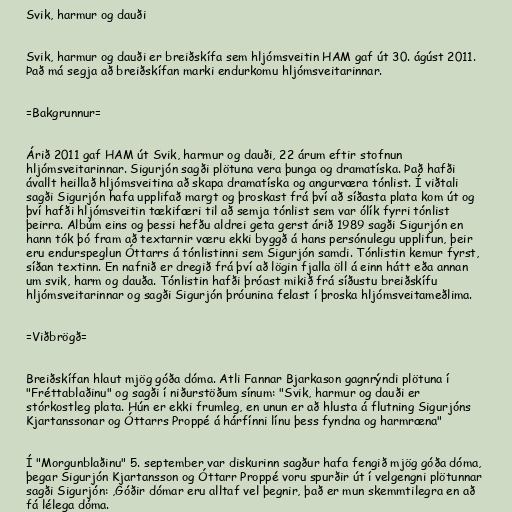
Svik, harmur og dauði

Svik, harmur og dauði er breiðskífa sem hljómsveitin HAM gaf út 30. ágúst 2011.
Það má segja að breiðskífan marki endurkomu hljómsveitarinnar.

=Bakgrunnur=

Árið 2011 gaf HAM út Svik, harmur og dauði, 22 árum eftir stofnun
hljómsveitarinnar. Sigurjón sagði plötuna vera þunga og dramatíska. Það hafði
ávallt heillað hljómsveitina að skapa dramatíska og angurværa tónlist. Í viðtali
sagði Sigurjón hafa upplifað margt og þroskast frá því að síðasta plata kom út og
því hafði hljómsveitin tækifæri til að semja tónlist sem var ólík fyrri tónlist
þeirra. Albúm eins og þessi hefðu aldrei geta gerst árið 1989 sagði Sigurjón en
hann tók þó fram að textarnir væru ekki byggð á hans persónulegu upplifun, þeir
eru endurspeglun Óttarrs á tónlistinni sem Sigurjón samdi. Tónlistin kemur fyrst,
síðan textinn. En nafnið er dregið frá því að lögin fjalla öll á einn hátt eða annan
um svik, harm og dauða. Tónlistin hafði þróast mikið frá síðustu breiðskífu
hljómsveitarinnar og sagði Sigurjón þróunina felast í þroska hljómsveitameðlima.

=Viðbrögð=

Breiðskífan hlaut mjög góða dóma. Atli Fannar Bjarkason gagnrýndi plötuna í
"Fréttablaðinu" og sagði í niðurstöðum sínum: "Svik, harmur og dauði er
stórkostleg plata. Hún er ekki frumleg, en unun er að hlusta á flutning Sigurjóns
Kjartanssonar og Óttarrs Proppé á hárfínni línu þess fyndna og harmræna"

Í "Morgunblaðinu" 5. september var diskurinn sagður hafa fengið mjög góða dóma,
þegar Sigurjón Kjartansson og Óttarr Proppé voru spurðir út í velgengni plötunnar
sagði Sigurjón: ,Góðir dómar eru alltaf vel þegnir, það er mun skemmtilegra en að
fá lélega dóma.